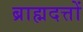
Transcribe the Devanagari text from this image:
ब्राह्मदत्तों